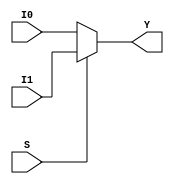
`timescale 1ns / 1ps
//////////////////////////////////////////////////////////////////////////////////
// Company: 
// Engineer: 
// 
// Design Name: 
// Module Name: MUX_2x1_32
// Project Name: 
// Target Devices: 
// Tool Versions: 
// Description: 
// 
// Dependencies: 
// 
// Revision:
// Revision 0.01 - File Created
// Additional Comments:
// 
//////////////////////////////////////////////////////////////////////////////////


module MUX_2x1_32(
    input [31:0] I0,
    input [31:0] I1,
    input S,
    output [31:0] Y
    );
    assign Y= (S==1'b0) ? I0 : I1;
endmodule